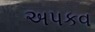
અપકવ